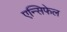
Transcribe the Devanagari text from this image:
एन्सिफेल